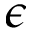
\epsilon